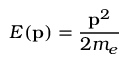
E ( \mathbf { p } ) = \frac { \mathbf { p } ^ { 2 } } { 2 m _ { e } }